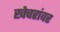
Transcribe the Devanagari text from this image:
खेचरांवर